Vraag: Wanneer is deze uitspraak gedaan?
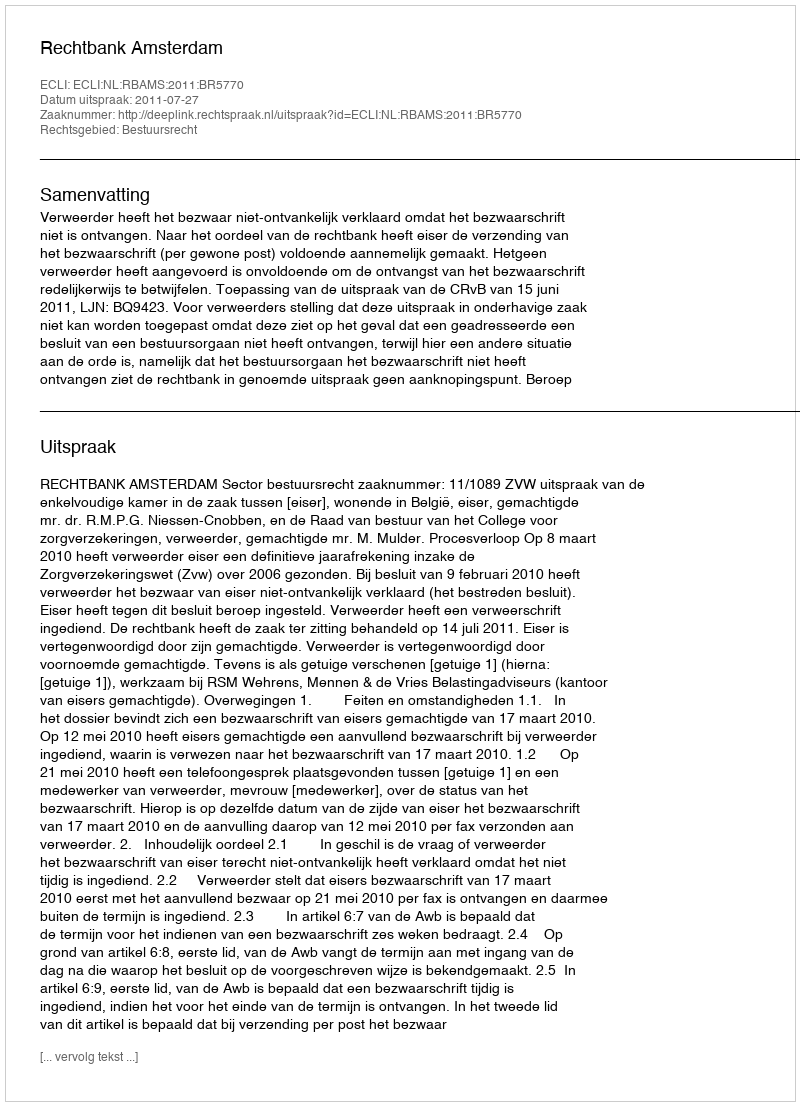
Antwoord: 2011-07-27